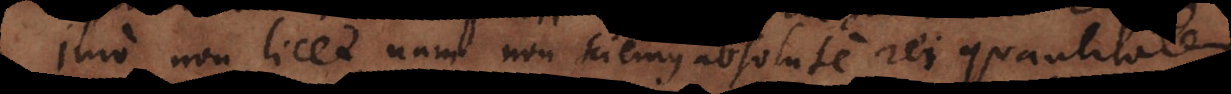
Imo non licet, nam non sciemus absolute rei quantitatem